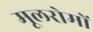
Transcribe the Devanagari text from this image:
मूलरोमों